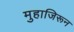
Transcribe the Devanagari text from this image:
मुहाजिरून